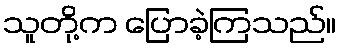
သူတို့က ပြောခဲ့ကြသည်။